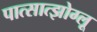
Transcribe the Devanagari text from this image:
पात्सात्झोग्लू